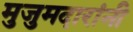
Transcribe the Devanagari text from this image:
मुजुमदारांनी